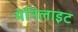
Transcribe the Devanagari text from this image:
मेनिलाइट